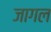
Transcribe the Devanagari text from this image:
जागल